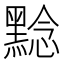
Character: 𪑡